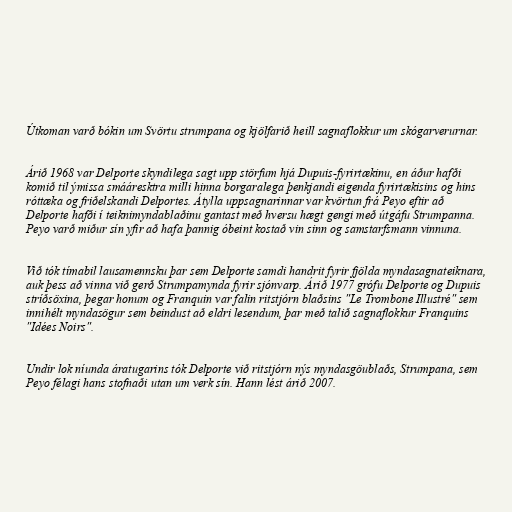
Útkoman varð bókin um Svörtu strumpana og kjölfarið heill sagnaflokkur um skógarverurnar.

Árið 1968 var Delporte skyndilega sagt upp störfum hjá Dupuis-fyrirtækinu, en áður hafði
komið til ýmissa smááresktra milli hinna borgaralega þenkjandi eigenda fyrirtækisins og hins
róttæka og friðelskandi Delportes. Átylla uppsagnarinnar var kvörtun frá Peyo eftir að
Delporte hafði í teiknimyndablaðinu gantast með hversu hægt gengi með útgáfu Strumpanna.
Peyo varð miður sín yfir að hafa þannig óbeint kostað vin sinn og samstarfsmann vinnuna.

Við tók tímabil lausamennsku þar sem Delporte samdi handrit fyrir fjölda myndasagnateiknara,
auk þess að vinna við gerð Strumpamynda fyrir sjónvarp. Árið 1977 grófu Delporte og Dupuis
stríðsöxina, þegar honum og Franquin var falin ritstjórn blaðsins "Le Trombone Illustré" sem
innihélt myndasögur sem beindust að eldri lesendum, þar með talið sagnaflokkur Franquins
"Idées Noirs".

Undir lok níunda áratugarins tók Delporte við ritstjórn nýs myndasgöublaðs, Strumpana, sem
Peyo félagi hans stofnaði utan um verk sín. Hann lést árið 2007.